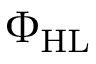
\Phi _ { \mathrm { H L } }